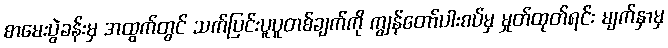
စာမေးပွဲခန်းမှ အထွက်တွင် သက်ပြင်းပူပူတစ်ချက်ကို ကျွန်တော်ပါးစပ်မှ မှုတ်ထုတ်ရင်း မျက်နှာမှ